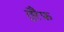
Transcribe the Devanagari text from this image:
तुरैफ़